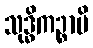
သုဒ္ဓိကဉ္စာပိ